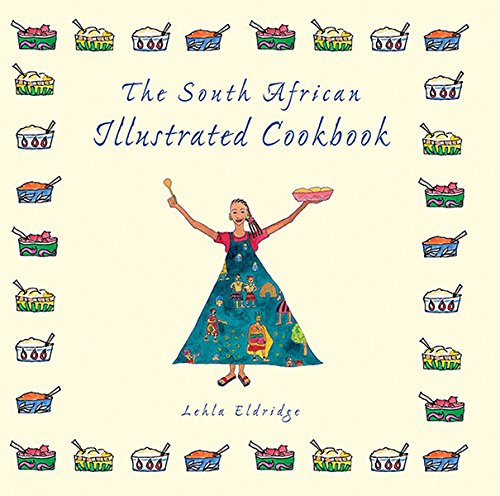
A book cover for The South African Illustrated Cookbook; Lehla Eldridge; Cookbooks, Food & Wine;